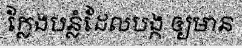
ក្លែងបន្លំដែលបង្ក ឲ្យមាន